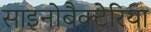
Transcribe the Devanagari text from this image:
साइनोबैक्टेरिया